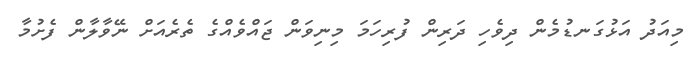
މިއަދު އަޅުގަނޑުމެން ދިވެހި ދަރިން ފުރިހަމަ މިނިވަން ޖައްވެއްގެ ތެރެއަށް ނޭވާލާން ފެށުމާ